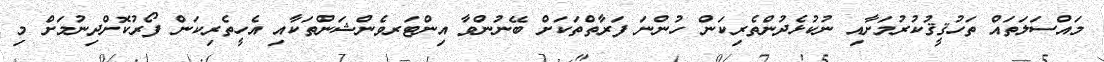
މައްސަލަތައް ތަހުޤީޤުކުރުމަށާއި ނުކުޅެދުންތެރިކަން ހުންނަ ފަރާތްތަކަށް ބޭނުންވާ އިންޓަރވެންޝަންތަކާއި އެހީތެރިކަން ފޯރުކޮށްދިނުމަށް މި